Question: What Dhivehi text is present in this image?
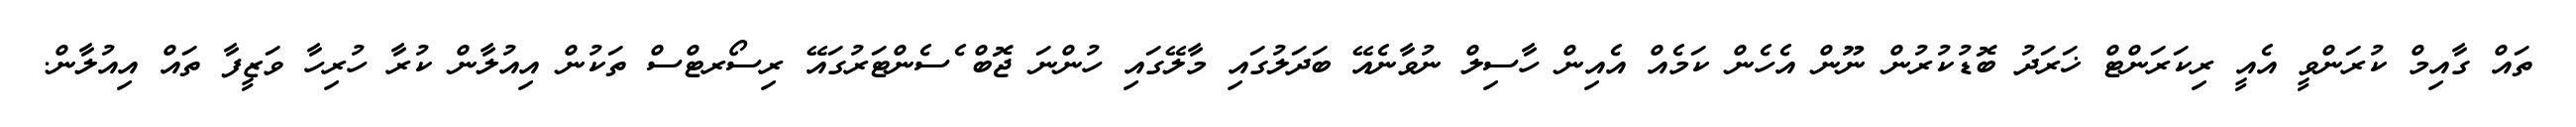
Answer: ތައް ގާއިމް ކުރަންވީ އެއީ ރިކަރަންޓް ޚަރަދު ބޮޑުކުރުން ނޫން އެހެން ކަމެއް އެއިން ހާސިލް ނުވާނެއޭ ބަދަލުގައި މާލޭގައި ހުންނަ ޖޮބް ެސެންޓަރުގައޭ ރިސޯރޓްސް ތަކުން އިއުލާން ކުރާ ހުރިހާ ވަޒީފާ ތައް އިއުލާން.